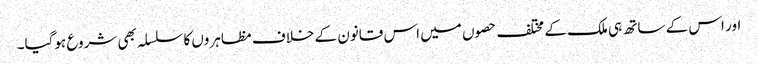
اور اس کے ساتھ ہی ملک کے مختلف حصوں میں اس قانون کے خلاف مظاہروں کا سلسلہ بھی شروع ہوگیا۔